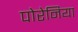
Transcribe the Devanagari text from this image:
पोरेनिया